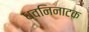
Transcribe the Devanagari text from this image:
ध्वनिनाटक